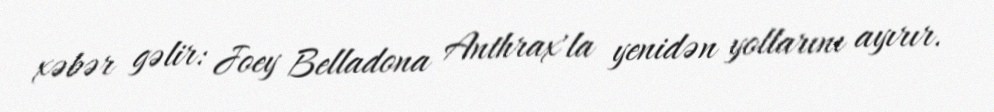
xəbər gəlir: Joey Belladona Anthrax'la yenidən yollarını ayırır.